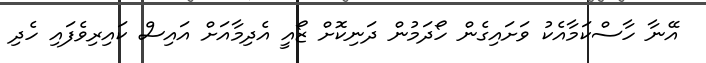
އޭނާ ހާސްކަމާއެކު ވަށައިގެން ހޯދަމުން ދަނިކޮށް ޒޯއީ އެދިމާއަށް އައިސް ކައިރިވެފައި ހެދި